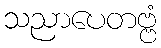
သညာပေတဗ္ဗံ